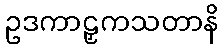
ဥဒကာဠှကသတာနိ